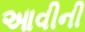
આવીની